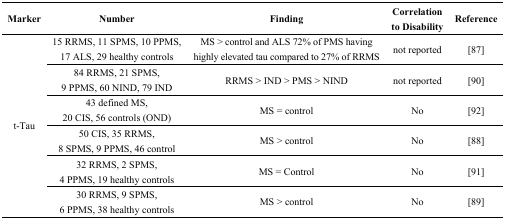
| Marker | Number | Finding | Correlation to Disability | Reference |
 | --- | --- | --- | --- | --- |
 | <ROWSPAN=6> t-Tau | 15 RRMS, 11 SPMS, 10 PPMS, 17 ALS, 29 healthy controls | MS > control and ALS 72% of PMS having highly elevated tau compared to 27% of RRMS | not reported | [87] |
 | 84 RRMS, 21 SPMS, 9 PPMS, 60 NIND, 79 IND | RRMS > IND > PMS > NIND | not reported | [90] |
 | 43 defined MS, 20 CIS, 56 controls (OND) | MS = control | No | [92] |
 | 50 CIS, 35 RRMS, 8 SPMS, 9 PPMS, 46 control | MS > control | No | [88] |
 | 32 RRMS, 2 SPMS, 4 PPMS, 19 healthy controls | MS = Control | No | [91] |
 | 30 RRMS, 9 SPMS, 6 PPMS, 38 healthy controls | MS > control | No | [89] |